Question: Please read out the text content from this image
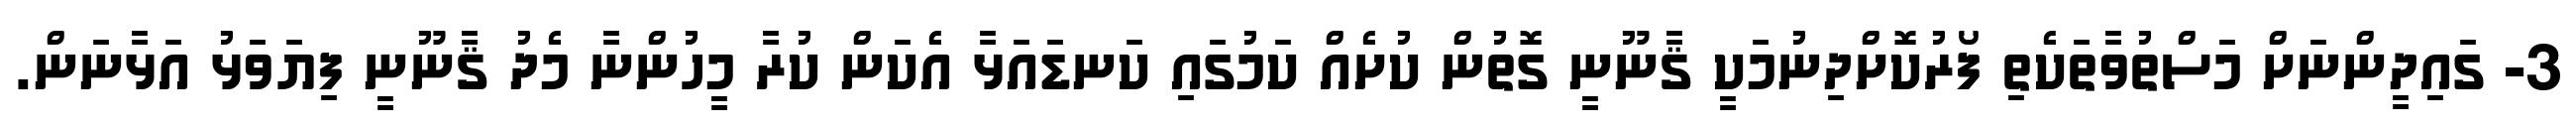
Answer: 3- ގައިދީންނަށް މަސްތުވާތަކެތި ފޯރުކޮށްދިނުމަކީ ޤާނޫނީ ގޮތުން ކުށެއް ކަމުގައި ކަނޑައަޅާ އެކަން ކުރާ މީހުންނާ މެދު ޤާނޫނީ ފިޔަވަޅު އަޅާނަން.